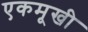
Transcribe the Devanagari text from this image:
एकमूखी